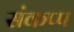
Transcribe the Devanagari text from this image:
संकप्प